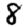
Digit: 8